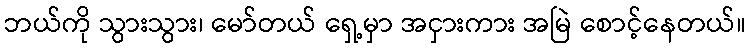
ဘယ်ကို သွားသွား၊ မော်တယ် ရှေ့မှာ အငှားကား အမြဲ စောင့်နေတယ်။